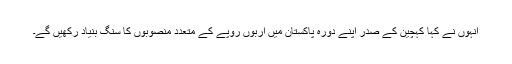
انہوں نے کہا کہچین کے صدر اپنے دورہ پاکستان میں اربوں روپے کے متعدد منصوبوں کا سنگ بنیاد رکھیں گے۔